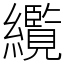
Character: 䌫